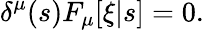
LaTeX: \delta^{\mu}(s)F_{\mu}[\xi|s]=0.